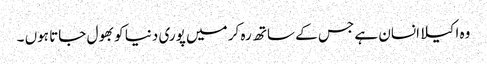
وہ اکیلا انسان ہے جس کے ساتھ رہ کر میں پوری دنیا کو بھول جاتا ہوں ۔